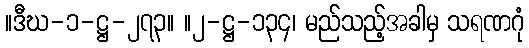
။ဒီဃ-၁-ဋ္ဌ-၂၇၃။ ။၂-ဋ္ဌ-၁၃၄၊ မည်သည့်အခါမှ သရဏဂုံ